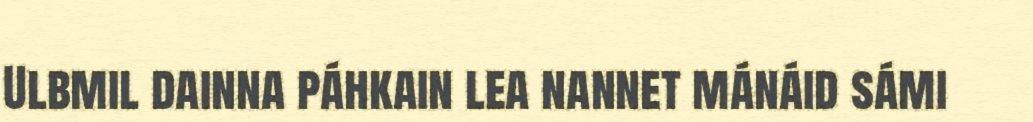
Ulbmil dainna páhkain lea nannet mánáid sámi